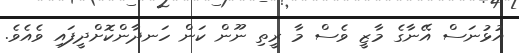
އުޅުނަސް އޭނާގެ މާޒީ ވެސް މާ ރީތި ނޫން ކަން ހަނދާންކޮށްދީފައި ވެއެވެ.